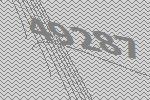
49287